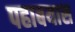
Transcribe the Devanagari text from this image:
पहाबयास